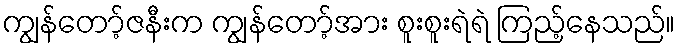
ကျွန်တော့်ဇနီးက ကျွန်တော့်အား စူးစူးရဲရဲ ကြည့်နေသည်။